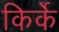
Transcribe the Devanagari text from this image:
किर्के